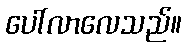
ပေါ်လာလေသည်။